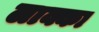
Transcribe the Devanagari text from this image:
लाक्का